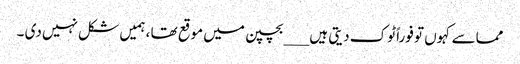
مماسے کہوں تو فوراً ٹوک دیتی ہیں ___بچپن میں موقع تھا ، ہمیں شکل نہیں دی ۔